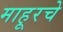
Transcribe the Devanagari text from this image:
माहूरचे